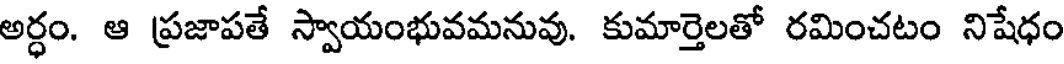
అర్ధం. ఆ ప్రజాపతే స్వాయంభువమనువు. కుమార్తెలతో రమించటం నిషేధం